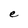
Character: e